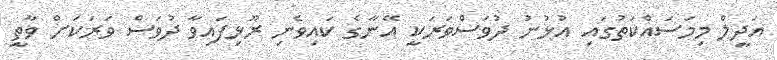
އަދީލް މިމަސައްކަތުގައި އުޅުނު ދުވަސްވަރަކީ އޭނާގެ ކައިވެެނި ރޫޅިފައިވާ ދުވަސް ވަރަކަށް ވާތީ